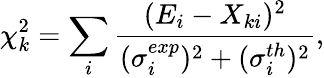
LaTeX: \chi_{k}^{2}=\sum_{i}\frac{(E_{i}-X_{ki})^{2}}{(\sigma_{i}^{exp})^{2}+(\sigma_{i}^{th})^{2}},